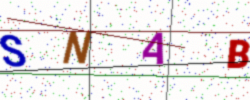
Text: SNAB